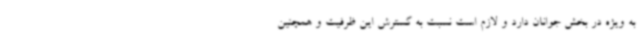
به ویژه در بخش جوانان دارد و لازم است نسبت به گسترش این ظرفیت و همچنین